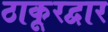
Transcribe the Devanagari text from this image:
ठाकूरद्वार